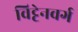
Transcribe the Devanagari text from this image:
विट्टेनवर्ग